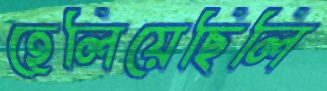
হেলিয়েছিলি